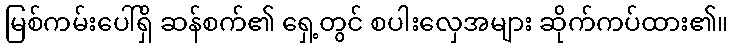
မြစ်ကမ်းပေါ်ရှိ ဆန်စက်၏ ရှေ့တွင် စပါးလှေအများ ဆိုက်ကပ်ထား၏။